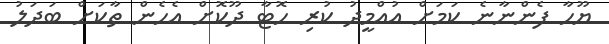
ޔޫހާ ފެންނާނެ ކަމަށް އުއްމީދު ކުރި ހޮޓާ ދޫކޮށް އެހެން ތާކަށް ބަދަލު